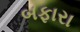
બફારા